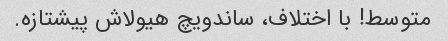
متوسط! با اختلاف، ساندویچ هیولاش پیشتازه.